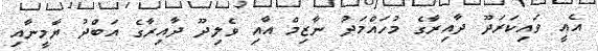
އެއީ ވައިކަރަދޫ ދާއިރާގެ މުހައްމަދު ނާޒިމް އާއި ވެލިދޫ ދާއިރާގެ އަބްދު ޔާމީނާއި